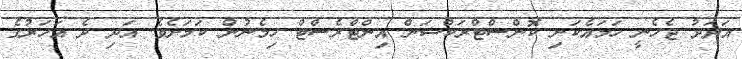
އަދަދު ޖެހެނީ ހަމައެކަނި ކޮންސްޓްރަކްޝަން އިންޓްރެސްޓް ހިމެނުން ކަމަށެވެ. އަދި ދެ އަހަރުގެ